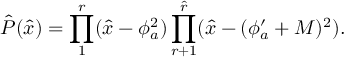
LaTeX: \hat { P } ( \hat { x } ) = \prod _ { 1 } ^ { r } ( \hat { x } - \phi _ { a } ^ { 2 } ) \prod _ { r + 1 } ^ { \hat { r } } ( \hat { x } - ( \phi _ { a } ^ { \prime } + M ) ^ { 2 } ) .